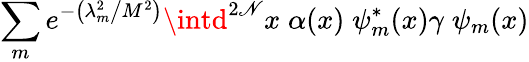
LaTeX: \sum_{m}e^{-\left(\lambda_{m}^{2}\big/M^{2}\right)}\intd^{2\mathscr{N}}x\; \alpha(x)\; \psi_{m}^{*}(x)\gamma\; \psi_{m}(x)